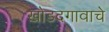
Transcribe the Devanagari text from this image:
खोडदगावाचे